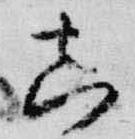
真